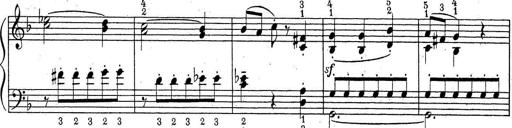
Title: ÄŒeskÃ© Sonatiny
Composer: Various